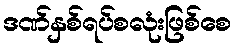
ဒဏ်နှစ်ရပ်စလုံးဖြစ်စေ